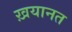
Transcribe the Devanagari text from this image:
ख़यानत